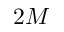
2 M